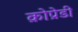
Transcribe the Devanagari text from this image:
क्रोप्रेडी